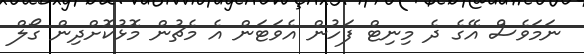
ނަމަވެސް އޭގެ ދެ މިނިޓް ފަހުން އެވަޓަން އެ މެޗުން މޮޅުކޮށްދިން ގޯލް